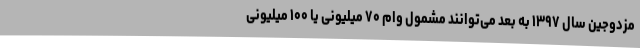
مزدوجین سال ۱۳۹۷ به بعد می‌توانند مشمول وام ۷۰ میلیونی یا ۱۰۰ میلیونی